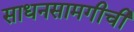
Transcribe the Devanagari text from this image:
साधनसामगीची